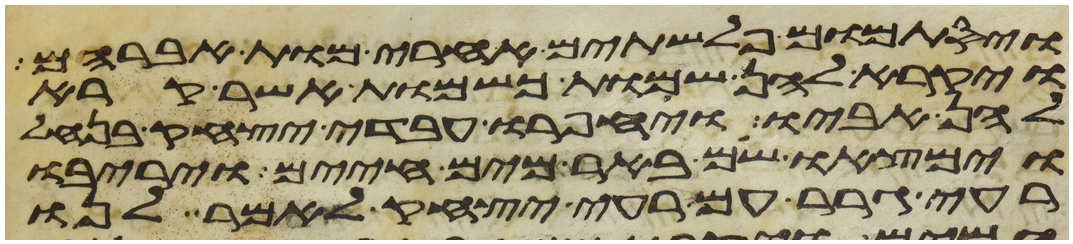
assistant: ויסתמום פלשתים אחרי מות אברהם
ויקרא להן שמות כשמות אשר קרא
להן אביו ויחפרו עבדי יצחק בנחל
וימצאו שם באר מים חיים ויריבו
רעי גרר עם רעי יצחק לאמר לנו